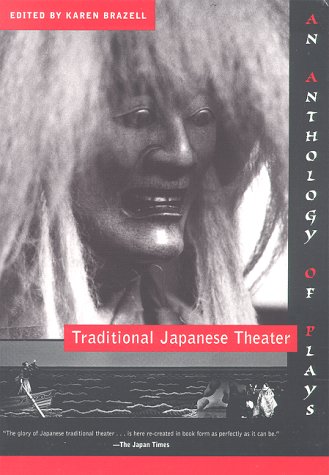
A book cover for Traditional Japanese Theater; Literature & Fiction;